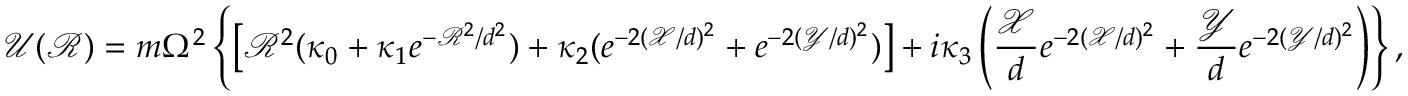
\mathcal { U } ( \mathcal { R } ) = m \Omega ^ { 2 } \left\{ \left[ \mathcal { R } ^ { 2 } ( \kappa _ { 0 } + \kappa _ { 1 } e ^ { - \mathcal { R } ^ { 2 } / d ^ { 2 } } ) + \kappa _ { 2 } ( e ^ { - 2 ( \mathcal { X } / d ) ^ { 2 } } + e ^ { - 2 ( \mathcal { Y } / d ) ^ { 2 } } ) \right] + i \kappa _ { 3 } \left( \frac { \mathcal { X } } { d } e ^ { - 2 ( \mathcal { X } / d ) ^ { 2 } } + \frac { \mathcal { Y } } { d } e ^ { - 2 ( \mathcal { Y } / d ) ^ { 2 } } \right) \right\} ,